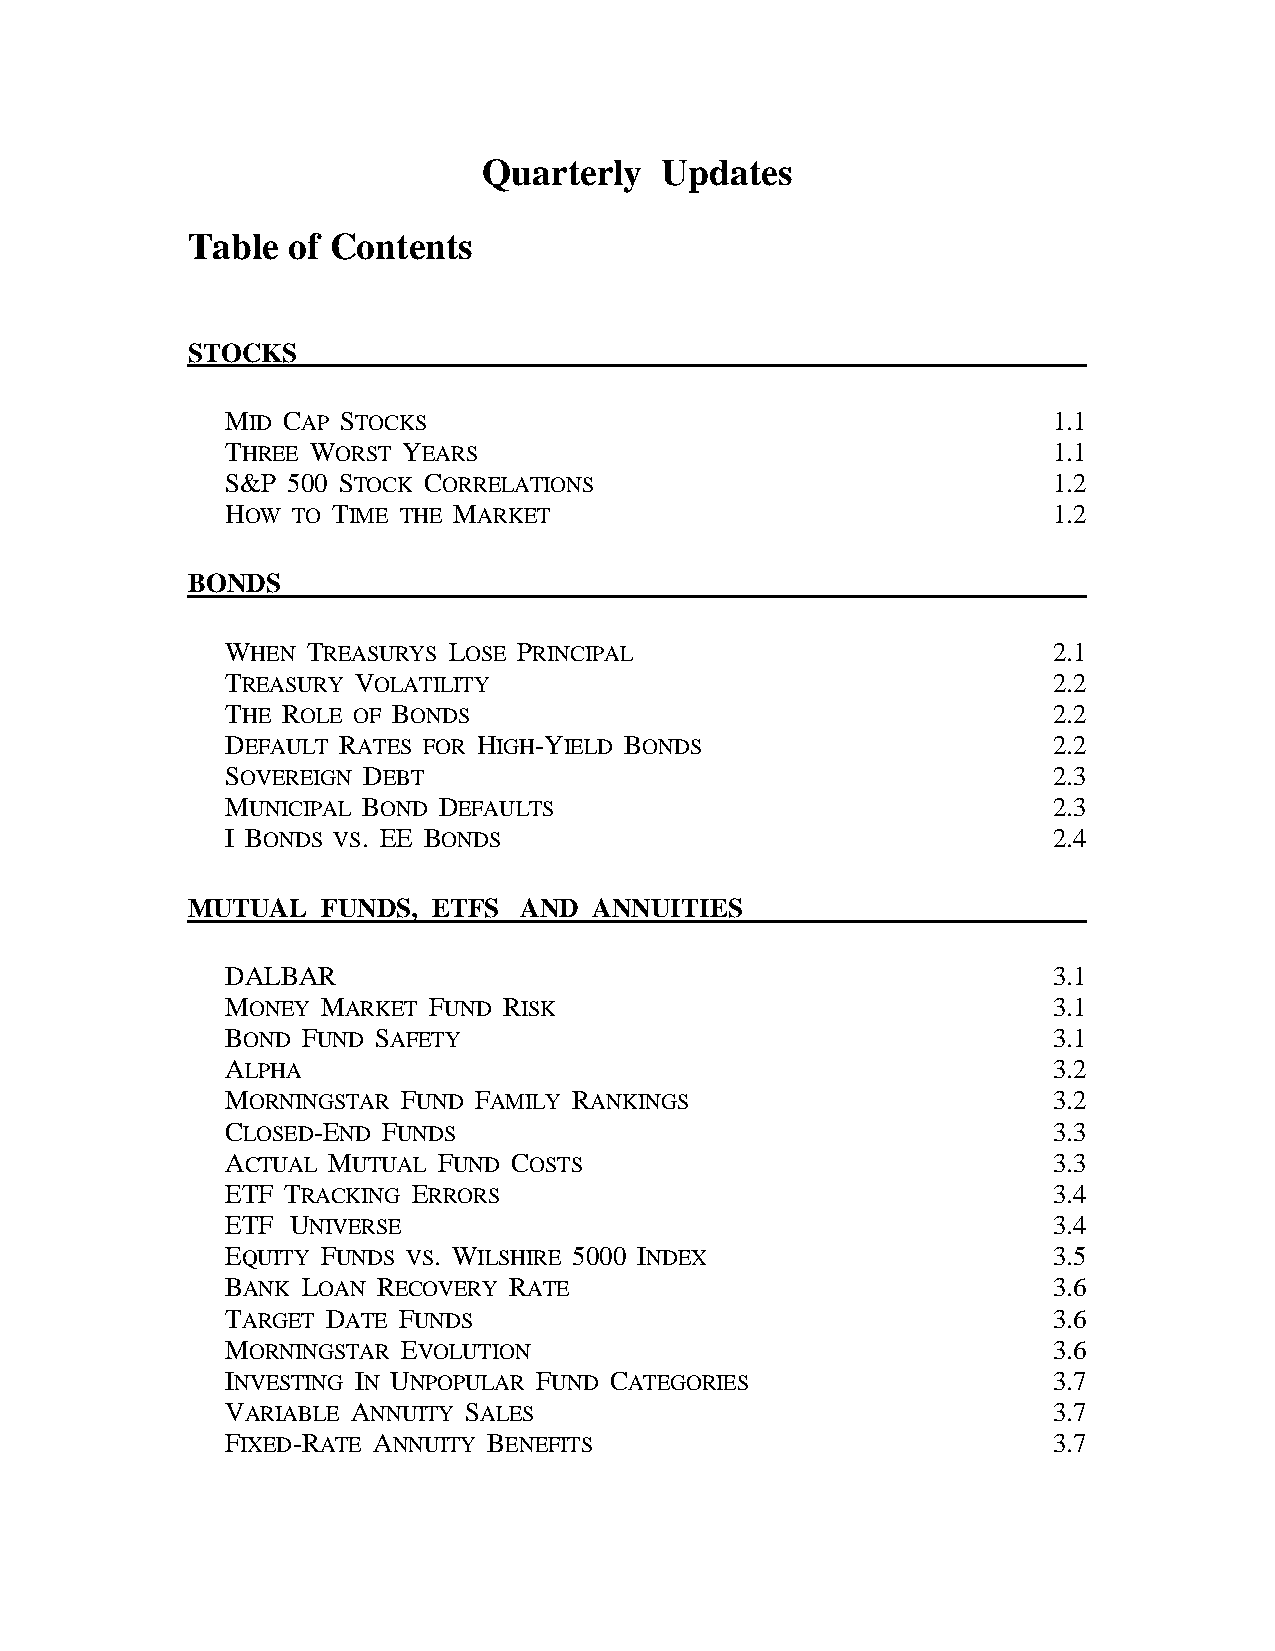
Quarterly   Updates
 Table  of Contents
 STOCKS
 MID CAP STOCKS                                         1.1
 THREE WORST YEARS                                      1.1
 S&P 500 STOCK CORRELATIONS                             1.2
 HOW TO TIME THE MARKET                                 1.2
 BONDS
 WHEN TREASURYS LOSE PRINCIPAL                          2.1
 TREASURY VOLATILITY                                    2.2
 THE ROLE OF BONDS                                      2.2
 DEFAULT RATES FOR HIGH-YIELD BONDS                     2.2
 SOVEREIGN DEBT                                         2.3
 MUNICIPAL BOND DEFAULTS                                2.3
 I BONDS VS. EE BONDS                                   2.4
 MUTUAL   FUNDS,  ETFS AND  ANNUITIES
 DALBAR                                                 3.1
 MONEY MARKET FUND RISK                                 3.1
 BOND FUND SAFETY                                       3.1
 ALPHA                                                  3.2
 MORNINGSTAR FUND FAMILY RANKINGS                       3.2
 CLOSED-END FUNDS                                       3.3
 ACTUAL MUTUAL FUND COSTS                               3.3
 ETF TRACKING ERRORS                                    3.4
 ETF UNIVERSE                                           3.4
 EQUITY FUNDS VS. WILSHIRE 5000 INDEX                   3.5
 BANK LOAN RECOVERY RATE                                3.6
 TARGET DATE FUNDS                                      3.6
 MORNINGSTAR EVOLUTION                                  3.6
 INVESTING IN UNPOPULAR FUND CATEGORIES                 3.7
 VARIABLE ANNUITY SALES                                 3.7
 FIXED-RATE ANNUITY BENEFITS                            3.7